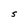
Character: 5